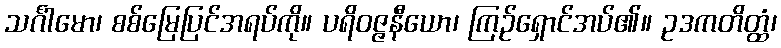
သင်္ဂါမော၊ စစ်မြေပြင်အရပ်ကို။ ပရိဝဇ္ဇနီယော၊ ကြဉ်ရှောင်အပ်၏။ ဥဒကတိတ္ထံ၊